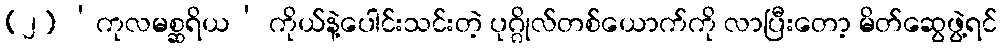
(၂) ‘ကုလမစ္ဆရိယ’ ကိုယ်နဲ့ပေါင်းသင်းတဲ့ ပုဂ္ဂိုလ်တစ်ယောက်ကို လာပြီးတော့ မိတ်ဆွေဖွဲ့ရင်